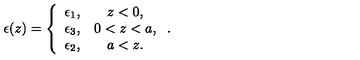
\epsilon ( z ) = \left\{ \begin{array} { c c } { \epsilon _ { 1 } , } & { z < 0 , } \\ { \epsilon _ { 3 } , } & { 0 < z < a , } \\ { \epsilon _ { 2 } , } & { a < z . } \\ \end{array} \right. .